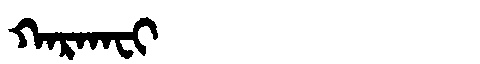
Manchu: ᡴᠠᡵᡴᠠᠸᡳ
Romanization: KARKAFI